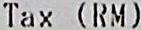
TAX (RM)